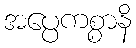
အပ္ပေကစ္စာနိ